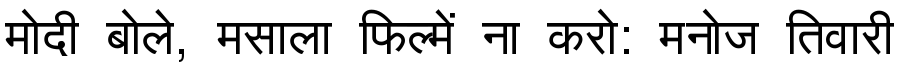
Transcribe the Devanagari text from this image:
मोदी बोले, मसाला फिल्में ना करो: मनोज तिवारी